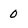
Character: 0